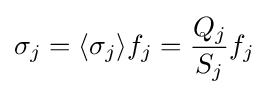
\sigma _{j}=\langle \sigma _{j}\rangle f_{j}={\frac {Q_{j}}{S_{j}}}f_{j}